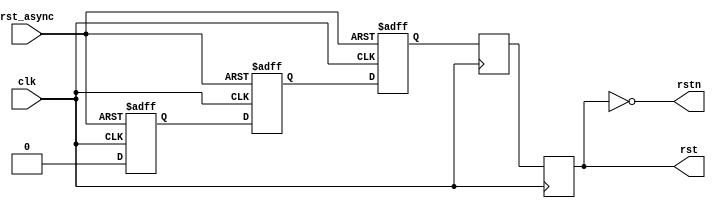
// ***************************************************************************
// ***************************************************************************
// Copyright (C) 2014-2023 Analog Devices, Inc. All rights reserved.
//
// In this HDL repository, there are many different and unique modules, consisting
// of various HDL (Verilog or VHDL) components. The individual modules are
// developed independently, and may be accompanied by separate and unique license
// terms.
//
// The user should read each of these license terms, and understand the
// freedoms and responsibilities that he or she has by using this source/core.
//
// This core is distributed in the hope that it will be useful, but WITHOUT ANY
// WARRANTY; without even the implied warranty of MERCHANTABILITY or FITNESS FOR
// A PARTICULAR PURPOSE.
//
// Redistribution and use of source or resulting binaries, with or without modification
// of this file, are permitted under one of the following two license terms:
//
//   1. The GNU General Public License version 2 as published by the
//      Free Software Foundation, which can be found in the top level directory
//      of this repository (LICENSE_GPL2), and also online at:
//      <https://www.gnu.org/licenses/old-licenses/gpl-2.0.html>
//
// OR
//
//   2. An ADI specific BSD license, which can be found in the top level directory
//      of this repository (LICENSE_ADIBSD), and also on-line at:
//      https://github.com/analogdevicesinc/hdl/blob/master/LICENSE_ADIBSD
//      This will allow to generate bit files and not release the source code,
//      as long as it attaches to an ADI device.
//
// ***************************************************************************
// ***************************************************************************

`timescale 1ns/100ps

module ad_rst (

  // clock reset

  input                   rst_async,
  input                   clk,
  output                  rstn,
  output  reg             rst
);

  // internal registers
  reg             rst_async_d1 = 1'd1;
  reg             rst_async_d2 = 1'd1;
  reg             rst_sync = 1'd1;
  reg             rst_sync_d = 1'd1;

  // simple reset synchronizer
  always @(posedge clk or posedge rst_async) begin
    if (rst_async) begin
      rst_async_d1 <= 1'b1;
      rst_async_d2 <= 1'b1;
      rst_sync <= 1'b1;
    end else begin
      rst_async_d1 <= 1'b0;
      rst_async_d2 <= rst_async_d1;
      rst_sync <= rst_async_d2;
    end
  end

  // two-stage synchronizer to prevent metastability on the falling edge
  always @(posedge clk) begin
    rst_sync_d <= rst_sync;
    rst <= rst_sync_d;
  end

  assign rstn = ~rst;

endmodule